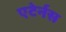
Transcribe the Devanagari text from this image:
एटेर्नस